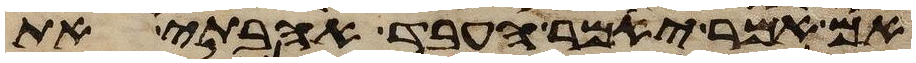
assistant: אם אמר יאמר העבד אהבתי את